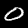
Label: 0